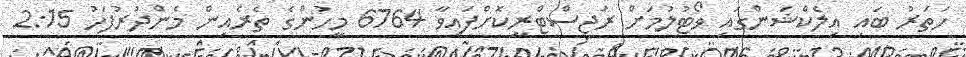
ހަތަރު ބައި އިލެކްޝަންގައި ވޯޓުލުމަށް ރަޖިސްޓްރީކޮށްފައިވާ 6764 މީހުންގެ ތެރެއިން މެންދުރުފަހު 2:15